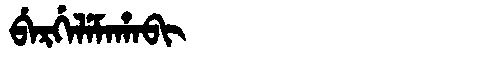
Manchu: ᠪᡝᡵᡤᡝᠯᡝᠮᠠᡥᠠᠪᡳ
Romanization: BERGELEMAHABI